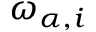
\omega _ { \alpha , i }